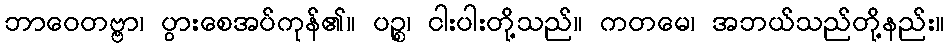
ဘာဝေတဗ္ဗာ၊ ပွားစေအပ်ကုန်၏။ ပဉ္စ၊ ငါးပါးတို့သည်။ ကတမေ၊ အဘယ်သည်တို့နည်း။